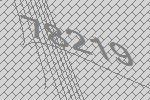
78219